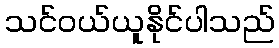
သင်ဝယ်ယူနိုင်ပါသည်